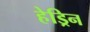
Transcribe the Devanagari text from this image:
हेड्रिन